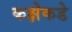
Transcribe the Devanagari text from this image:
कक्षेकडे